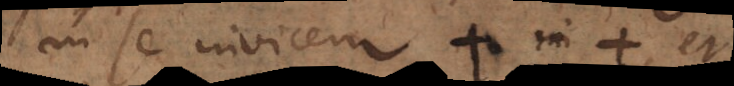
in se invicem + in +, et